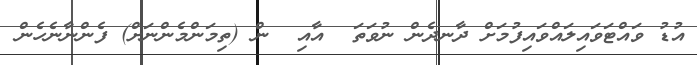
އުޑު ވައްޓަވައިލައްވައިފުމަށް ދާނދެން ނުވަތަ  އާއި  ން (ތިމަންމެންނަށް) ފެންނާނެހެން